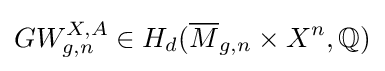
GW_{g,n}^{X,A}\in H_{d}({\overline {M}}_{g,n}\times X^{n},\mathbb {Q} )